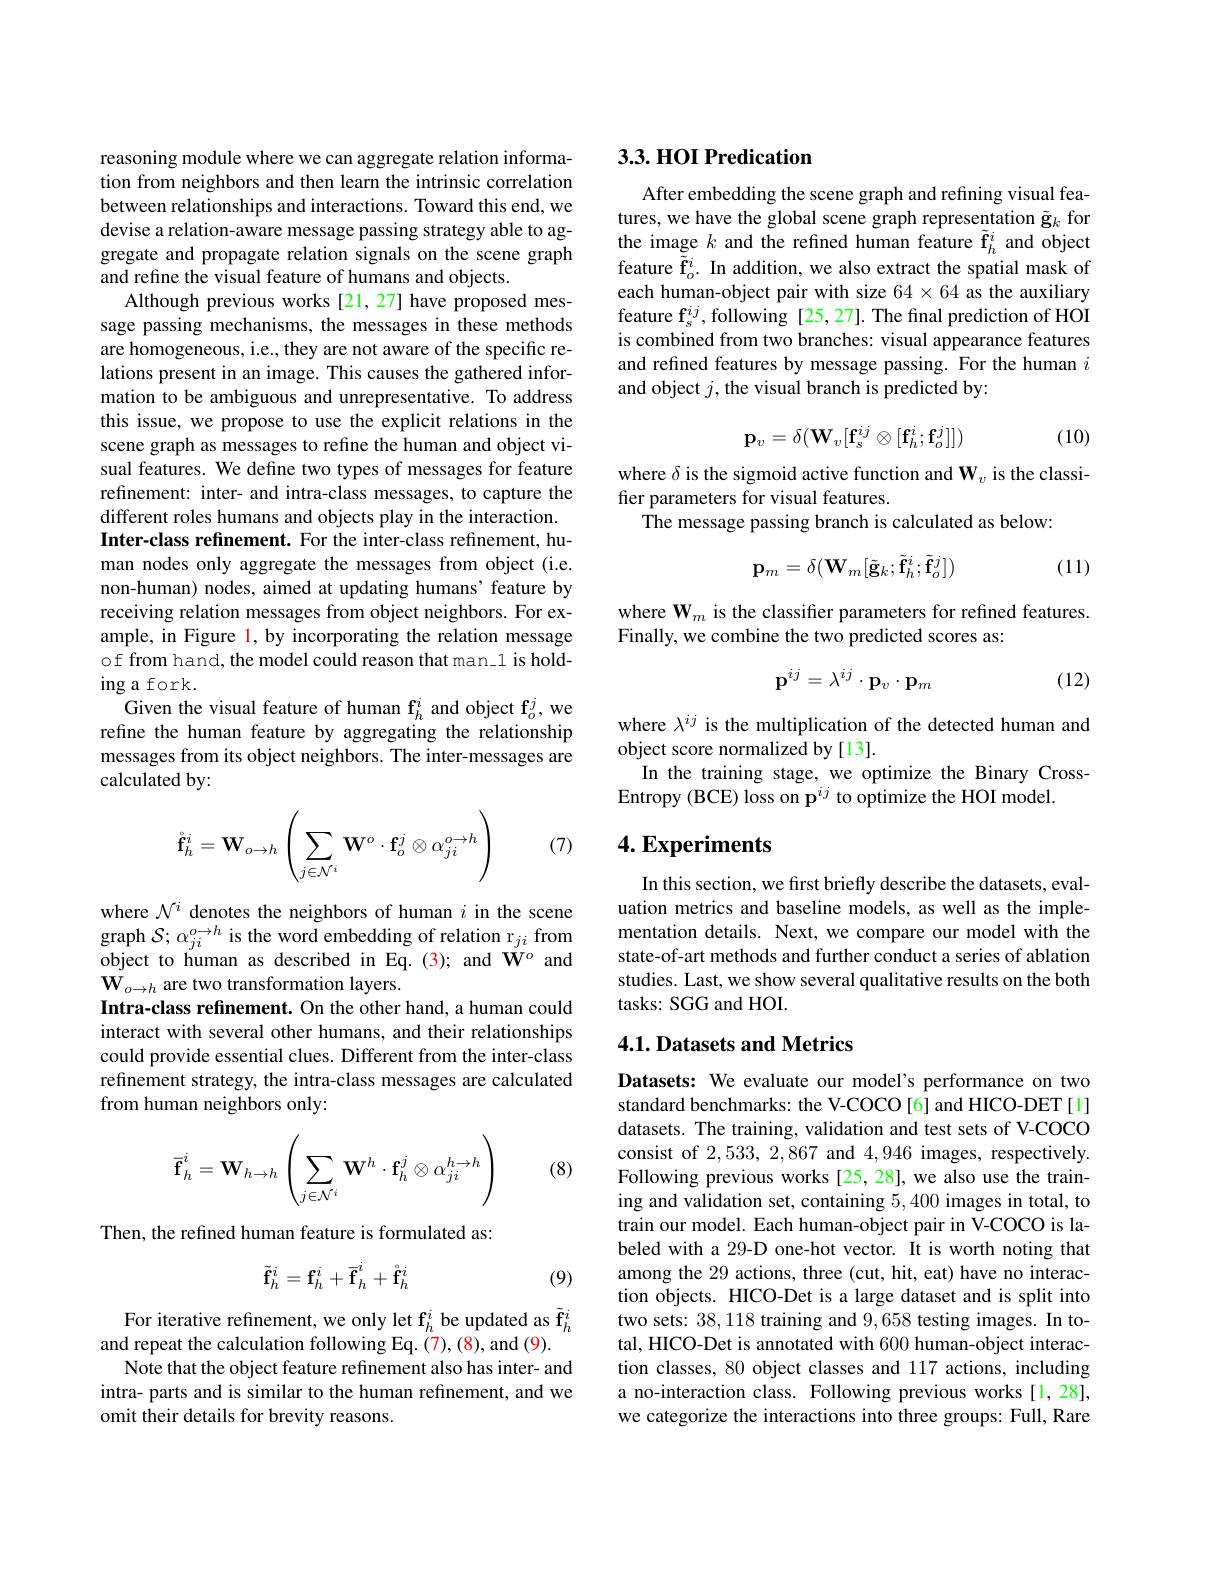
reasoning module where we can aggregate relation information from neighbors and then learn the intrinsic correlation between relationships and interactions. Toward this end, we devise a relation-aware message passing strategy able to aggregate and propagate relation signals on the scene graph and refine the visual feature of humans and objects.
Although previous works [21,27] have proposed message passing mechanisms, the messages in these methods are homogeneous, i.e., they are not aware of the specific relations present in an image. This causes the gathered information to be ambiguous and unrepresentative. To address this issue, we propose to use the explicit relations in the scene graph as messages to refine the human and object visual features. We define two types of messages for feature refinement: inter- and intra-class messages, to capture the different roles humans and objects play in the interaction. Inter-class refinement. For the inter-class refinement, human nodes only aggregate the messages from object (i.e. non-human) nodes, aimed at updating humans' feature by receiving relation messages from object neighbors. For example, in Figure l, by incorporating the relation message of from hand, the model could reason that man\_1 is holding a fork.
Given the visual feature of human f$_h^i$ and object f$_o^j$,we refine the human feature by aggregating the relationship messages from its object neighbors. The inter-messages are calculated by:
$$\mathring{\mathbf{f}}_h^i=\mathbf{W}_{o\to h}\left(\sum_{j\in\mathcal{N}^i}\mathbf{W}^o\cdot\mathbf{f}_o^j\otimes\alpha_{ji}^{o\to h}\right)$$
(7)

where $\mathcal{N}^i$ denotes the neighbors of human $i$ in the scene graph $\mathcal{S};\alpha_{ji}^{o\to h}$ is the word embedding of relation r$_ji$ from object to human as described in Eq.(3); and $\dot{\mathbf{W}}^o$ and $\mathbf{W}_{o\to h}$ are two transformation layers.
Intra-class refinement. On the other hand, a human could interact with several other humans, and their relationships could provide essential clues. Different from the inter-class refinement strategy, the intra-class messages are calculated from human neighbors only:
$$\overline{\mathbf{f}}_h^i=\mathbf{W}_{h\to h}\left(\sum_{j\in\mathcal{N}^i}\mathbf{W}^h\cdot\mathbf{f}_h^j\otimes\alpha_{ji}^{h\to h}\right)$$
(8)

Then, the refined human feature is formulated as:
$$\tilde{\mathbf{f}}_h^i=\mathbf{f}_h^i+\overline{\mathbf{f}}_h^i+\mathring{\mathbf{f}}_h^i$$
(9)

For iterative refinement, we only let f$_h^i$ be updated as $\tilde{\mathbf{f}}_h^i$
and repeat the calculation following Eq. (7), (8), and (9).
Note that the object feature refinement also has inter- and intra- parts and is similar to the human refinement, and we omit their details for brevity reasons.

## 3.3. HOI Predication

After embedding the scene graph and refining visual features, we have the global scene graph representation $\tilde{\mathbf{g}}_k$ for the image $k$ and the refined human feature $\tilde{\mathbf{f}}_h^i$ and object feature $\tilde{\tilde{\tilde{f}}}_o^i.$ In addition, we also extract the spatial mask of each human-object pair with size $64\times64$ as the auxiliary feature $\mathbf{f}_s^{ij}$, following [25,27]. The final prediction of HOI is combined from two branches: visual appearance features and refined features by message passing. For the human $i$ and object $j$, the visual branch is predicted by:
$$\mathbf{p}_v=\delta(\mathbf{W}_v[\mathbf{f}_s^{ij}\otimes[\mathbf{f}_h^i;\mathbf{f}_o^j]])$$
(10)

where $\delta$ is the sigmoid active function and W$_v$ is the classi-
fier parameters for visual features.
The message passing branch is calculated as below:
$$\mathbf{p}_{m}=\delta(\mathbf{W}_{m}[\tilde{\mathbf{g}}_{k};\tilde{\mathbf{f}}_{h}^{i};\tilde{\mathbf{f}}_{o}^{j}])$$
(11)

where $\mathbf{W}_m$ is the classifer parameters for refined features.
Finally, we combine the two predicted scores as:
$$\mathbf{p}^{ij}=\lambda^{ij}\cdot\mathbf{p}_{v}\cdot\mathbf{p}_{m}$$
(12)

where $\lambda^{ij}$ is the multiplication of the detected human and
object score normalized by [13].
In the training stage, we optimize the Binary Cross-
Entropy (BCE) loss on $\mathbf{p}^{ij}$ to optimize the HOI model.

## $4. \textbf{Experiments}$

In this section, we first briefly describe the datasets, evaluation metrics and baseline models, as well as the implementation details. Next, we compare our model with the state-of-art methods and further conduct a series of ablation studies. Last, we show several qualitative results on the both tasks: SGG and HOI.

### 4.1. Datasets and Metrics

Datasets: We evaluate our model's performance on two standard benchmarks: the V-COCO[6] and HICO-DET[1] datasets. The training, validation and test sets of V-COCO consist of 2,533,2,867 and 4,946 images, respectively. Following previous works[25,28], we also use the training and validation set, containing 5,400 images in total, to train our model. Each human-object pair in V-COCO is labeled with a 29-D one-hot vector. Ît is worth noting that among the 29 actions, three (cut, hit, eat) have no interaction objects. HICO-Det is a large dataset and is split into two sets: 38,118 training and 9,658 testing images. In total, HICO-Det is annotated with 600 human-object interaction classes, 80 object classes and 117 actions, including a no-interaction class. Following previous works[1,28], we categorize the interactions into three groups: Full, Rare